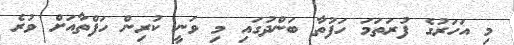
މި އަހަރުގެ ފުރަތަމަ ހަފުތާ ބަންދުގައި މި ވަނީ ކުރިން ހަފްތާއަށް ވުރެ